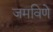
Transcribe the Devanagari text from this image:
जमविणे